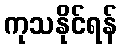
ကုသနိုင်ရန်